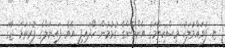
ޏ. ފުވައްމުލަކު މިސްކިތްމަގު އެންމެންގެ ގުޅުމުން ހޯދައިފި އެވެ. ފައިނަލްގެ ފުރަތަމަ ޖާގަ